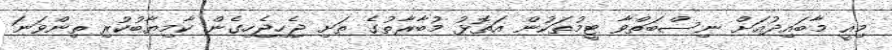
މިއީ މާބައިދުއަށް ނިސްބަތްވާ ޓީމުތަކުން އަތޮޅު މުބާރާތުގެ ތަށި ޖެހިޖެހިގެން ކާމިޔާބުކުރި ތިންވަނަ